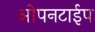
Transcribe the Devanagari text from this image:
ओपनटाईप